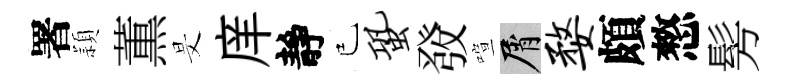
署頴薫旻庠靜已蛩𤼲喧屑婺頗憗髣